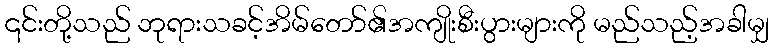
၎င်းတို့သည် ဘုရားသခင့်အိမ်တော်၏အကျိုးစီးပွားများကို မည်သည့်အခါမျှ